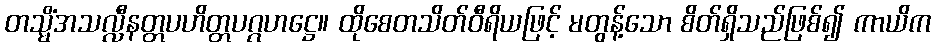
တသ္မိံအသလ္လီနတ္တပဟိတ္တပဂ္ဂဟဋ္ဌေ။ ထိုစေတသိတ်ဝီရိယဖြင့် မတွန့်သော စိတ်ရှိသည်ဖြစ်၍ ကာယိက